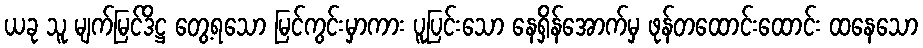
ယခု သူ မျက်မြင်ဒိဋ္ဌ တွေ့ရသော မြင်ကွင်းမှာကား ပူပြင်းသော နေရှိန်အောက်မှ ဖုန်တထောင်းထောင်း ထနေသော